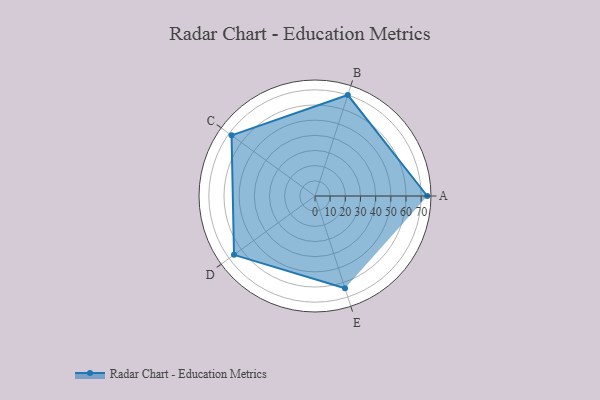
{"axis": {"x": "Skill", "y": "Score"}, "legend": ["Profile"], "data": [{"x": "A", "y": 74.0, "type": "Profile"}, {"x": "B", "y": 70.0, "type": "Profile"}, {"x": "C", "y": 68.0, "type": "Profile"}, {"x": "D", "y": 66.0, "type": "Profile"}, {"x": "E", "y": 64.0, "type": "Profile"}]}